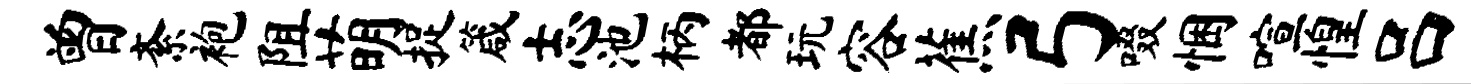
曾紊袍阻萌捉箴志池柄都玩容蕉弓啜悃喧惶吕